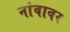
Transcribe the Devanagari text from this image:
नांवावर